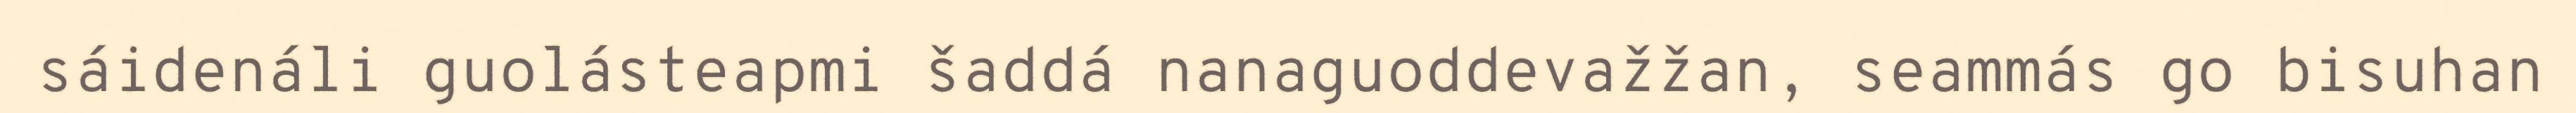
sáidenáli guolásteapmi šaddá nanaguoddevažžan, seammás go bisuhan